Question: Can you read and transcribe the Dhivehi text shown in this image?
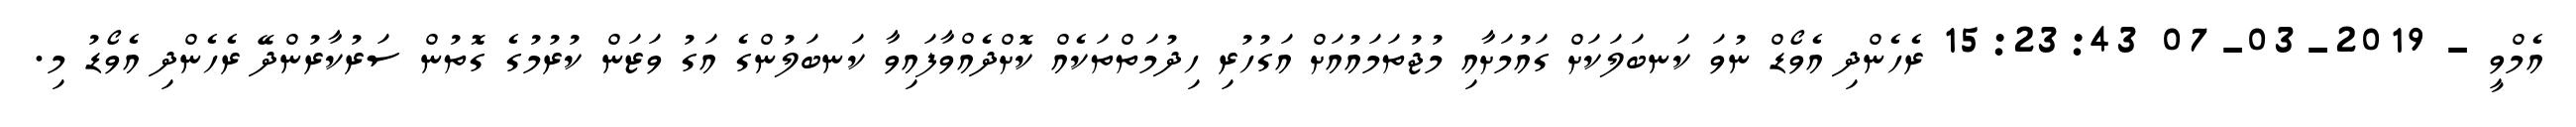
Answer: އެމްވީ - 2019-03-07 15:23:43 ރެހެންދި އެވޯޑް ނުވަ ކަނބަލަކަށް ގައުމަށާއި މުޖުތަމައުއަށް އަގުހުރި ހިދުމަތްތަކެއް ކޮށްދެއްވާފައިވާ ކަނބަލުންގެ އަގު ވަޒަން ކުރުމުގެ ގޮތުން ސަރުކާރުންދޭ ރެހެންދި އެވޯޑު މި.